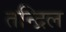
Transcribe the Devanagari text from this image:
तन्द्रिल